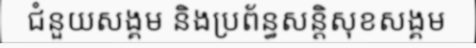
ជំនួយសង្គម និងប្រព័ន្ធសន្តិសុខសង្គម